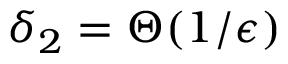
\delta _ { 2 } = \Theta ( 1 / \epsilon )